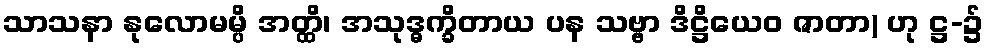
သာသနာ နုလောမမ္ပိ အတ္ထိ၊ အသုဒ္ဓက္ခိတာယ ပန သဗ္ဗာ ဒိဋ္ဌိယေဝ ဇာတာ) ဟု ဋ္ဌ-၌